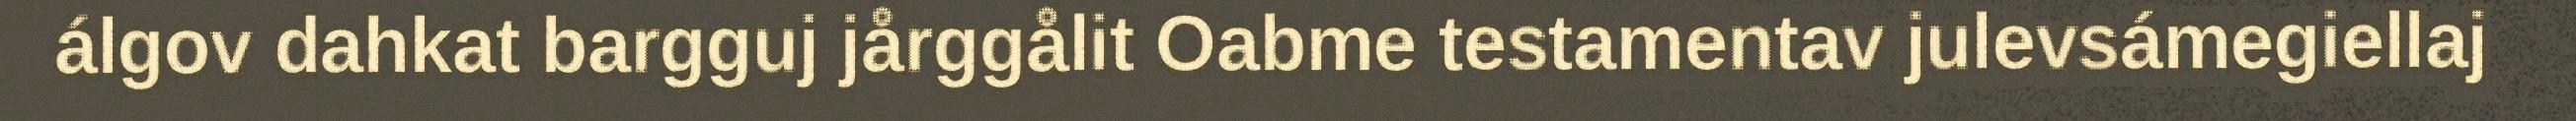
álgov dahkat bargguj jårggålit Oabme testamentav julevsámegiellaj